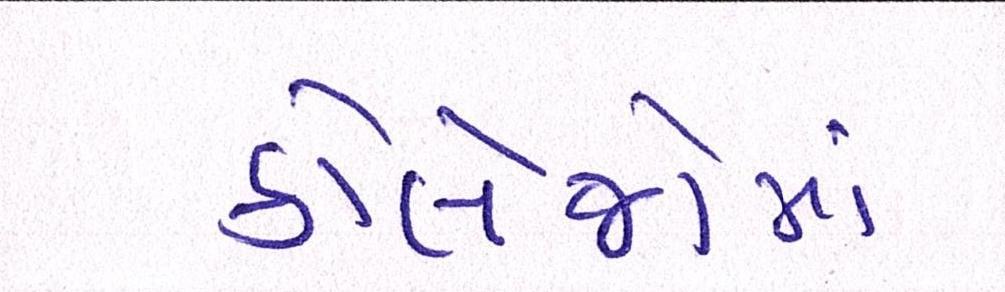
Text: કોલેજોમાં